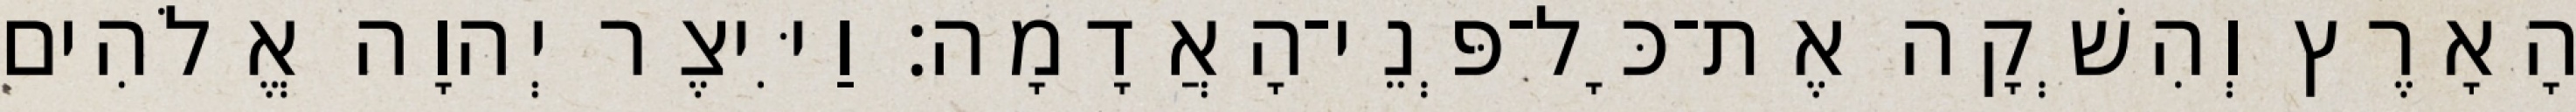
הָאָרֶץ וְהִשְׁקָה אֶת־כָּל־פְּנֵי־הָאֲדָמָה׃ וַיִּיצֶר יְהוָה אֱלֹהִים